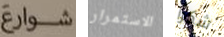
شوارع الاستمرار شكرا